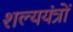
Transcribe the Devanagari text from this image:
शल्ययंत्रों